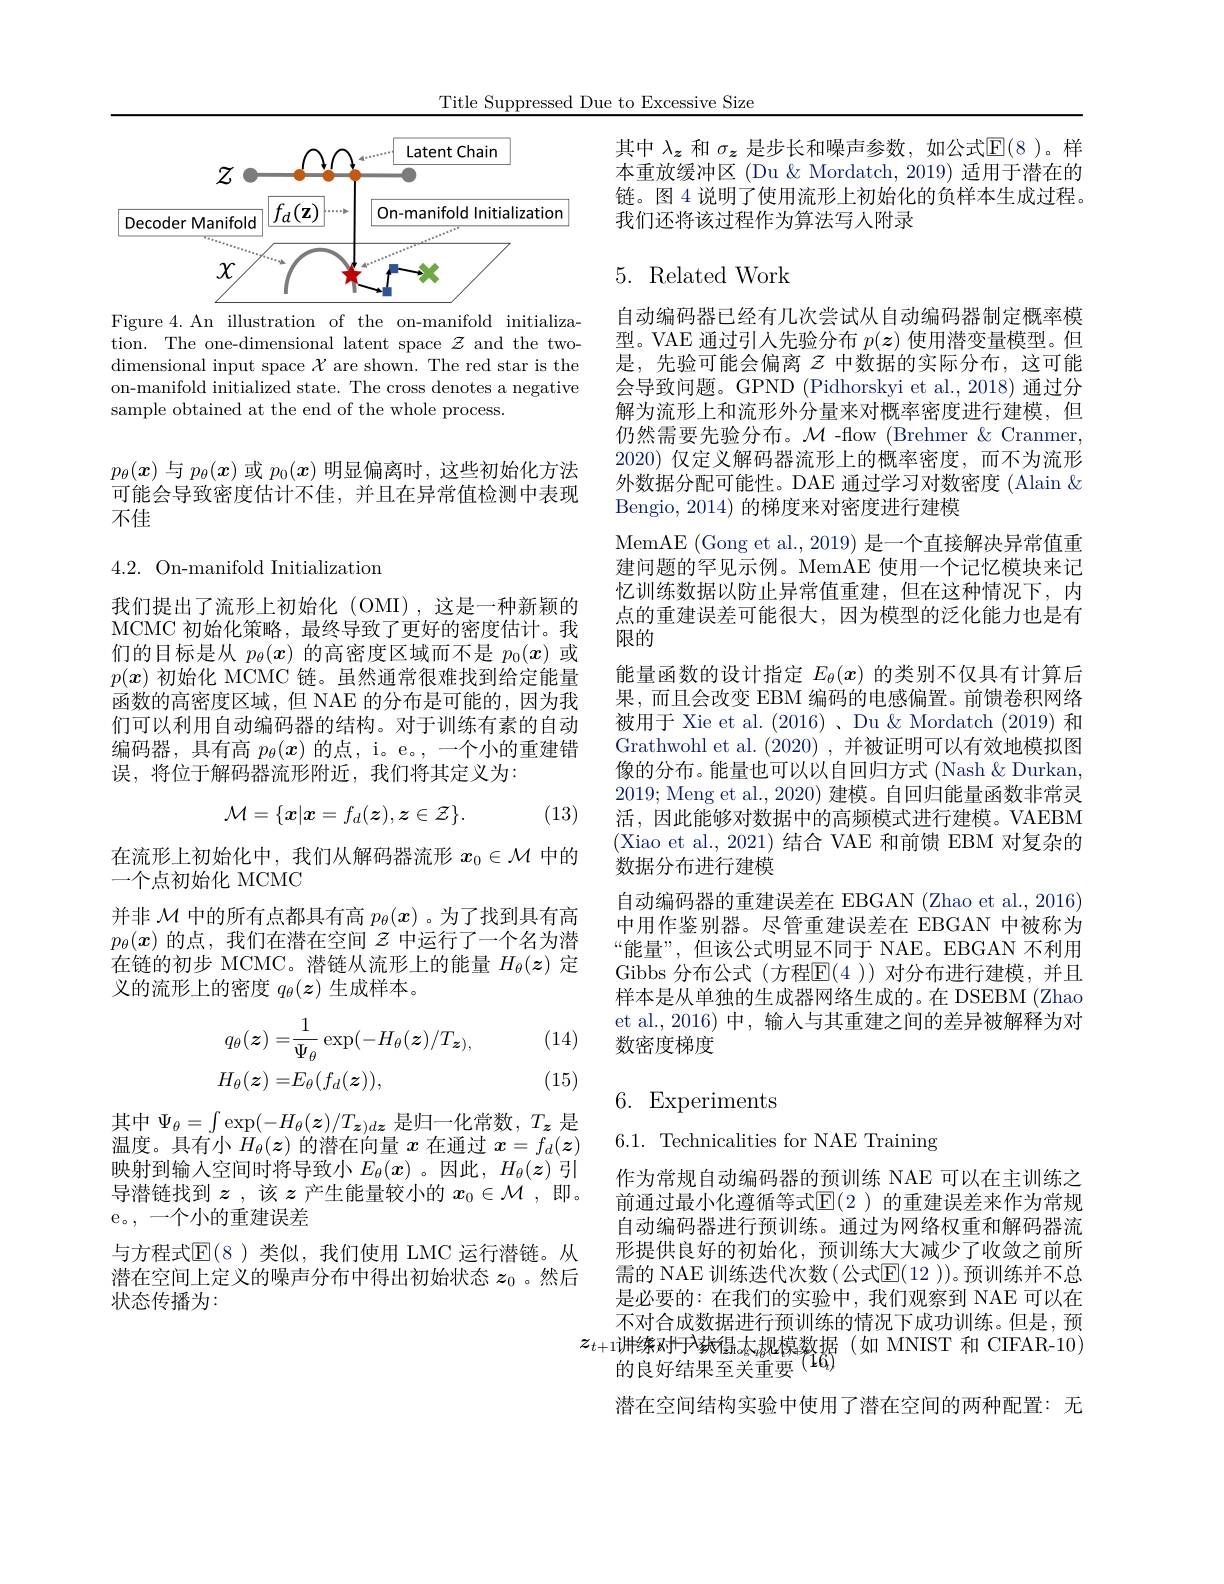
Title Suppressed Due to Excessive Size

<FigureHere>
Figure 4.An illustration of the on-manifold initializa-

tion. The one-dimensional latent space $\mathcal{Z}$ and the twodimensional input space $\mathcal{X}$ are shown. The red star is the on-manifold initialized state. The cross denotes a negative sample obtained at the end of the whole process.

$p_\theta(\boldsymbol{x})$与$p_\theta(\boldsymbol{x})$或$p_0(\boldsymbol{x})$明显偏离时，这些初始化方法可能会导致密度估计不佳，并且在异常值检测中表现不佳

$4.2.{\mathrm{~On-manifold~Initialization}}$

我们提出了流形上初始化(OMI),这是一种新颖的MCMC 初始化策略，最终导致了更好的密度估计。我们的目标是从$p_\theta(x)$的高密度区域而不是$p_0(x)$或$p(\boldsymbol{x})$初始化 MCMC 链。虽然通常很难找到给定能量函数的高密度区域，但 NAE 的分布是可能的，因为我们可以利用自动编码器的结构。对于训练有素的自动编码器，具有高$p_\theta(x)$的点，i。e。,一个小的重建错误，将位于解码器流形附近，我们将其定义为：
$$\mathcal{M}=\{\boldsymbol{x}|\boldsymbol{x}=f_{d}(\boldsymbol{z}),\boldsymbol{z}\in\mathcal{Z}\}.$$
(13)

在流形上初始化中，我们从解码器流形$x_0\in\mathcal{M}$中的
一个点初始化 MCMC
并非$\mathcal{M}$中的所有点都具有高$p_\theta(x)$ 。为了找到具有高$p_\theta(\boldsymbol{x})$的点，我们在潜在空间$\mathcal{Z}$中运行了一个名为潜在链的初步 MCMC。潜链从流形上的能量$H_\theta(\boldsymbol{z})$定义的流形上的密度$q_\theta(\boldsymbol{z})$生成样本。

(14)
$$\begin{aligned}&q_{\theta}(\boldsymbol{z})=&&\frac{1}{\Psi_{\theta}}\exp(-H_{\theta}(\boldsymbol{z})/T_{\boldsymbol{z}),}\\&H_{\theta}(\boldsymbol{z})=&&E_{\theta}(f_{d}(z)),\end{aligned}$$
(15)

其中$\Psi_\theta=\int\exp(-H_{\theta}(\boldsymbol{z})/T_{\boldsymbol{z})d\boldsymbol{z}}$是归一化常数，$T_\boldsymbol{z}$ 是温度。具有小$H_\theta(\boldsymbol{z})$的潜在向量$x$在通过$x=f_d(\boldsymbol{z})$ 映射到输入空间时将导致小$E_\theta(x)$。因此$,H_\theta(z)$引导潜链找到$z$ ,该$z$产生能量较小的$x_0\in\mathcal{M}$,即。e。,一个小的重建误差
与方程式$\operatorname{E}(8$ )类似，我们使用 LMC 运行潜链。从潜在空间上定义的噪声分布中得出初始状态$z_0$ 。然后状态传播为：

其中$\lambda_z$和$\sigma_z$是步长和噪声参数，如公式$\mathbb{E}(8$ )。样本重放缓冲区 (Du & Mordatch, 2019) 适用于潜在的链。图 4 说明了使用流形上初始化的负样本生成过程。我们还将该过程作为算法写人附录

## 5. Related Work

点的重建误差可能很大，因为模型的泛化能力也是有
限的

自动编码器已经有几次尝试从自动编码器制定概率模型。VAE 通过引入先验分布$p(\boldsymbol{z})$使用潜变量模型。但是，先验可能会偏离$z$ 中数据的实际分布，这可能会导致问题。GPND (Pidhorskyi et al.,2018) 通过分解为流形上和流形外分量来对概率密度进行建模，但仍然需要先验分布。$\mathcal{M}$ -flow (Brehmer &Cranmer, 2020)仅定义解码器流形上的概率密度，而不为流形外数据分配可能性。DAE 通过学习对数密度 (Alain $\&$ Bengio, 2014) 的梯度来对密度进行建模
MemAE ( Gong et al. , 2019) 是 一 个 直 接 解 决 异 常 值 重 建问题的罕见示例。MemAE 使用一个记忆模块来记忆训练数据以防止异常值重建，但在这种情况下，内能量函数的设计指定$E_\theta(x)$的类别不仅具有计算后果，而且会改变 EBM 编码的电感偏置。前馈卷积网络被用于 Xie et al. (2016) 、Du &Mordatch (2019) 和Grathwohl et al. (2020) ,并被证明可以有效地模拟图像的分布。能量也可以以自回归方式 (Nash $\&$ Durkan, 2019; Meng et al., 2020) 建模。自回归能量函数非常灵活，因此能够对数据中的高频模式进行建模。VAEBM (Xiao et al., 2021) 结合 VAE 和前馈 EBM 对复杂的数据分布进行建模
自动编码器的重建误差在 EBGAN (Zhao et al., 2016) 中用作鉴别器。尽管重建误差在 EBGAN 中被称为“能量”,但该公式明显不同于 NAE。EBGAN 不利用Gibbs 分布公式(方程$\mathbb{E}(4$ ))对分布进行建模，并且样本是从单独的生成器网络生成的。在 DSEBM (Zhao et al.,2016) 中，输人与其重建之间的差异被解释为对数密度梯度

# 6. Experiments

6.1. Technicalities for NAE Training

作为常规自动编码器的预训练 NAE 可以在主训练之前通过最小化遵循等式$\mathbb{E}(2$ )的重建误差来作为常规自动编码器进行预训练。通过为网络权重和解码器流形提供良好的初始化，预训练大大减少了收敛之前所需的 NAE 训练迭代次数(公式$\mathbb{E}(12))$。预训练并不总是必要的：在我们的实验中，我们观察到 NAE 可以在不对合成数据进行预训练的情况下成功训练。但是，预
$z_{t+1}$讲练对于入获得志规模数据(如 MNIST 和 CIFAR-10)
的良好结果至关重要$^{(16)}$
潜在空间结构实验中使用了潜在空间的两种配置：无